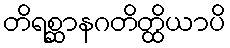
တိရစ္ဆာနဂတိတ္ထိယာပိ